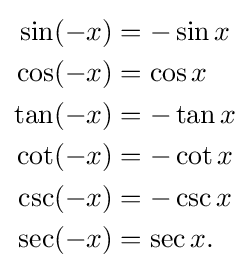
{\begin{aligned}\sin(-x)&=-\sin x\\\cos(-x)&=\cos x\\\tan(-x)&=-\tan x\\\cot(-x)&=-\cot x\\\csc(-x)&=-\csc x\\\sec(-x)&=\sec x.\end{aligned}}